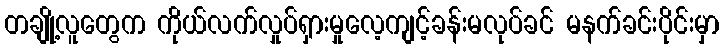
တချို့လူတွေက ကိုယ်လက်လှုပ်ရှားမှုလေ့ကျင့်ခန်းမလုပ်ခင် မနက်ခင်းပိုင်းမှာ